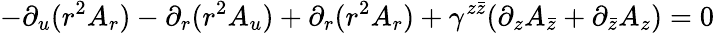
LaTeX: -\partial_{u}(r^{2}A_{r})-\partial_{r}(r^{2}A_{u})+\partial_{r}(r^{2}A_{r})+\gamma^{z\bar{z}}(\partial_{z}A_{\bar{z}}+\partial_{\bar{z}}A_{z})=0